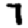
Digit: 7